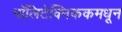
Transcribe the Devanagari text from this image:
पॉलिटेक्निककमधून